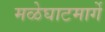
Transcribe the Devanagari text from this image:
मळेघाटमार्गे